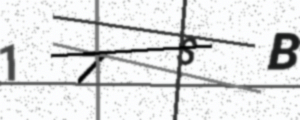
Text: 17SB